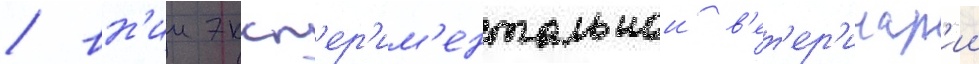
/ вн'ии эксп'ер'им'ентальнои в'ет'ер'инар'ии